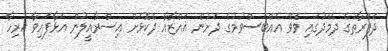
ދެފަރާތުގެ ދެމެދުގައި ވެވޭ އެއްބަސްވުމުގެ ދަށުން ޣައްޒާއާ ދެކޮޅަށް އިސްރާއީލުން އަޅާފައިވާ ހުރިހާ